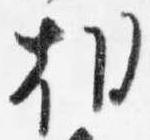
朝